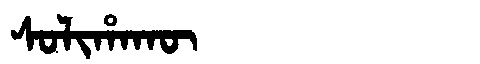
Manchu: ᠰᠣᠯᡳᡥᠠᡴᡡ
Romanization: SOLIHAKŪ